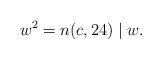
\begin{align*}w^2=n (c,24)\mid w.\end{align*}